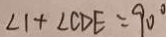
\angle 1 + \angle C D E = 9 0 ^ { \circ }